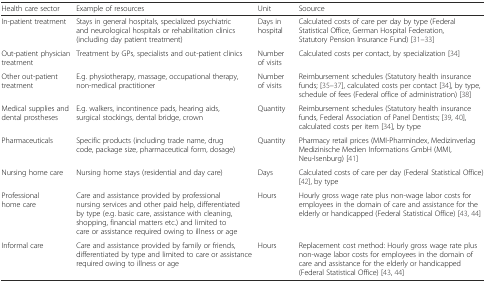
<table><thead><tr><td><b>Health care sector</b></td><td><b>Example of resources</b></td><td><b>Unit</b></td><td><b>Soource</b></td></tr></thead><tbody><tr><td>In-patient treatment</td><td>Stays in general hospitals, specialized psychiatric and neurological hospitals or rehabilitation clinics (including day patient treatment)</td><td>Days in hospital</td><td>Calculated costs of care per day by type (Federal Statistical Office, German Hospital Federation, Statutory Pension Insurance Fund) [31–33]</td></tr><tr><td>Out-patient physician treatment</td><td>Treatment by GPs, specialists and out-patient clinics</td><td>Number of visits</td><td>Calculated costs per contact, by specialization [34]</td></tr><tr><td>Other out-patient treatment</td><td>E.g. physiotherapy, massage, occupational therapy, non-medical practitioner</td><td>Number of visits</td><td>Reimbursement schedules (Statutory health insurance funds; [35–37], calculated costs per contact [34], by type, schedule of fees (Federal office of administration) [38]</td></tr><tr><td>Medical supplies and dental prostheses</td><td>E.g. walkers, incontinence pads, hearing aids, surgical stockings, dental bridge, crown</td><td>Quantity</td><td>Reimbursement schedules (Statutory health insurance funds, Federal Association of Panel Dentists; [39, 40], calculated costs per item [34], by type</td></tr><tr><td>Pharmaceuticals</td><td>Specific products (including trade name, drug code, package size, pharmaceutical form, dosage)</td><td>Quantity</td><td>Pharmacy retail prices (MMI-Pharmindex, Medizinverlag Medizinische Medien Informations GmbH (MMI, Neu-Isenburg) [41]</td></tr><tr><td>Nursing home care</td><td>Nursing home stays (residential and day care)</td><td>Days</td><td>Calculated costs of care per day (Federal Statistical Office) [42], by type</td></tr><tr><td>Professional home care</td><td>Care and assistance provided by professional nursing services and other paid help, differentiated by type (e.g. basic care, assistance with cleaning, shopping, financial matters etc.) and limited to care or assistance required owing to illness or age</td><td>Hours</td><td>Hourly gross wage rate plus non-wage labor costs for employees in the domain of care and assistance for the elderly or handicapped (Federal Statistical Office) [43, 44]</td></tr><tr><td>Informal care</td><td>Care and assistance provided by family or friends, differentiated by type and limited to care or assistance required owing to illness or age</td><td>Hours</td><td>Replacement cost method: Hourly gross wage rate plus non-wage labor costs for employees in the domain of care and assistance for the elderly or handicapped (Federal Statistical Office) [43, 44]</td></tr></tbody></table>